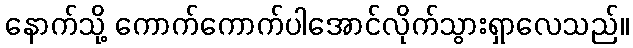
နောက်သို့ ကောက်ကောက်ပါအောင်လိုက်သွားရှာလေသည်။